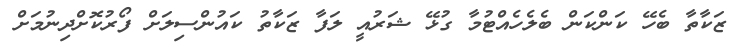
ޒަކާތާ ބެހޭ ކަންކަން ބެލެހެއްޓުމާ ގުޅޭ ޝަރުއީ ލަފާ ޒަކާތު ކައުންސިލަށް ފޯރުކޮށްދިނުމަށް